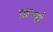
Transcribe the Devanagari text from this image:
फ़र्म्स